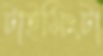
টাইমিংটা